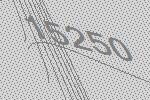
15250